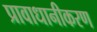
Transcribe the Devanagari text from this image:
प्रावाधानीकरण